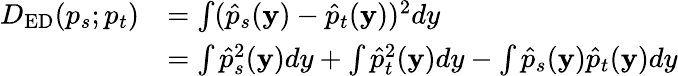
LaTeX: \begin{array}{rl}{D_{\mathrm{ED}}(p_{s};p_{t})}&{=\int(\hat{p}_{s}(\mathbf{y})-\hat{p}_{t}(\mathbf{y}))^{2}dy}\\ &{=\int\hat{p}_{s}^{2}(\mathbf{y})dy+\int\hat{p}_{t}^{2}(\mathbf{y})dy-\int\hat{p}_{s}(\mathbf{y})\hat{p}_{t}(\mathbf{y})dy}\end{array}